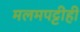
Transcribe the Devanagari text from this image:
मलमपट्टीही